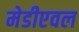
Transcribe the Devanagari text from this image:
मेडीएवल